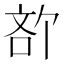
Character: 𪡍